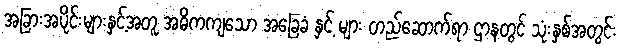
အခြားအပိုင်းများနှင့်အတူ အဓိကကျသော အခြေခံ နှင့် များ တည်ဆောက်ရာ ဌာနတွင် သုံးနှစ်အတွင်း